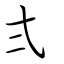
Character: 弍